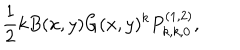
LaTeX: \frac { 1 } { 2 } k B ( x , y ) G ( x , y ) ^ { k } P _ { k , k , 0 } ^ { ( 1 , 2 ) } ,